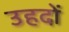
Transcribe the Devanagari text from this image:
उहदों